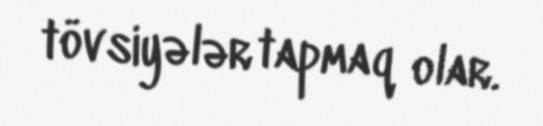
tövsiyələr tapmaq olar.